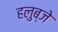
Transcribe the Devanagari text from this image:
हलुब्जे